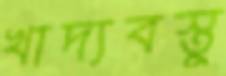
খাদ্যবস্তু